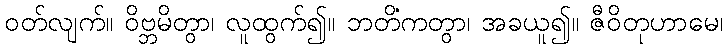
ဝတ်လျက်။ ဝိဗ္ဘမိတွာ၊ လူထွက်၍။ ဘတိံကတွာ၊ အခယူ၍။ ဇီဝိတုဟာမေ၊